Punjab Mental Hospital Lahore 1922-31 - 1922-1931
Year: 1922
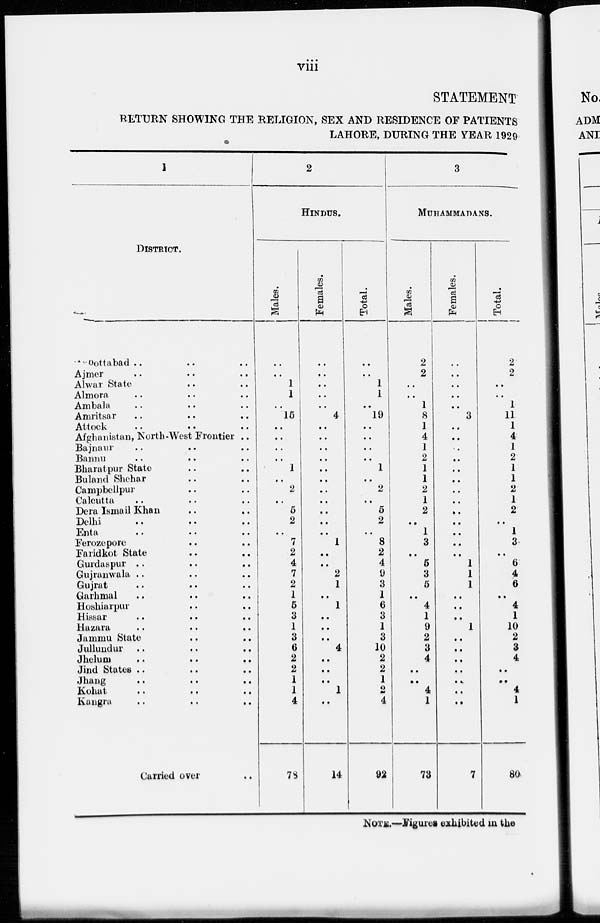
viii
STATEMENT
RETURN SHOWING THE RELIGION, SEX AND RESIDENCE OF PATIENTS
LAHORE, DURING THE YEAR 1929
1
DISTRICT.
Abbottabad .. .. ..
Ajmer
..
..
..
Alwar State .. ..
Almora
..
..
..
Ambala .. .. ..
Amritsar
..
..
..
Attock
..
..
..
Afghanistan, North-West Frontier ..
Bajnaur
..
..
..
Bannu
..
..
..
Bharatpur State .. ..
Buland Shehar .. ..
Campbellpur .. ..
Calcutta .. .. ..
Dera Ismail Khan
..
..
Delhi
..
..
..
Enta
..
..
..
Ferozepore
..
..
Faridkot State
..
..
Gurdaspur
..
..
..
Gujranwala
..
..
..
Gujrat
..
..
..
Garhmal .. .. ..
Hoshiarpur .. ..
Hissar
..
..
..
Hazara
..
..
..
Jammu State
..
..
Jullundur
..
..
..
Jhelum
..
..
..
Jind States
..
..
..
Jhang
..
..
..
Kohat
..
..
..
Kangra
..
..
..
Carried over .. .. ..
2
HINDUS.
Males.
..
..
1
1
..
15
..
..
..
..
1
..
2
..
5
2
..
7
2
4
7
2
1
5
3
1
3
6
2
2
1
1
4
78
Females.
..
..
..
..
..
4
..
..
..
..
..
..
..
..
..
..
..
1
..
..
2
1
..
1
..
..
..
4
..
..
..
1
..
14
Total.
..
..
1
1
..
19
..
..
..
..
1
..
2
..
5
2
..
8
2
4
9
3
1
6
3
1
3
10
2
2
1
2
4
92
3
MUHAMMADANS.
Males.
2
2
..
..
1
8
1
4
1
2
1
1
2
1
2
..
1
3
..
5
3
5
..
4
1
9
2
3
4
..
..
4
1
73
Females.
..
..
..
..
..
3
..
..
..
..
..
..
..
..
..
..
..
..
..
1
1
1
..
..
..
1
..
..
..
..
..
..
..
7
Total.
2
2
..
..
1
11
1
4
1
2
1
1
2
1
2
..
1
3
..
6
4
6
..
4
1
10
2
3
4
..
..
4
1
80
NOTE.—Figures exhibited in the